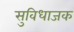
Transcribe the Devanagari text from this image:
सुविधाजक